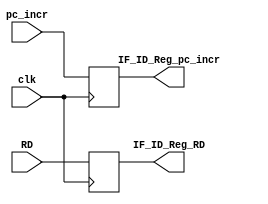
module IF_ID( clk, pc_incr, RD, IF_ID_Reg_pc_incr, IF_ID_Reg_RD );
	input	clk;
	input	[31:0]	pc_incr, RD;
	output	[31:0]	IF_ID_Reg_pc_incr, IF_ID_Reg_RD;
	reg		[31:0]	IF_ID_Reg_pc_incr, IF_ID_Reg_RD;
	
	always @( posedge clk ) begin

		IF_ID_Reg_pc_incr <= pc_incr;
		IF_ID_Reg_RD <= RD;

	end

endmodule